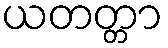
ယတတ္တာ